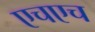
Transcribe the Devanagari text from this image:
एचएच